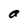
Character: a